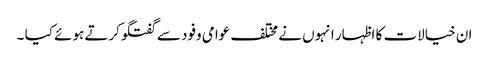
ان خیالات کا اظہار انہوں نے مختلف عوامی وفود سے گفتگوکرتے ہوئے کیا ۔